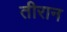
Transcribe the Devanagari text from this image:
तीरान